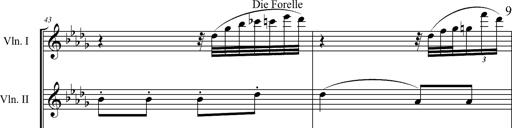
Title: 6 Melodien von Franz Schubert
Composer: Franz Liszt